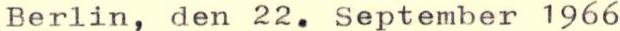
Berlin, den 22. September 1966